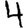
Digit: 4